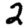
Digit: 2